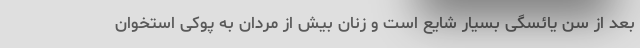
بعد از سن یائسگی بسیار شایع است و زنان بیش از مردان به پوکی استخوان